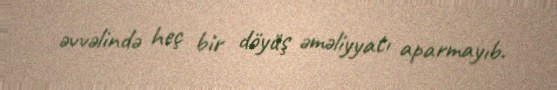
əvvəlində heç bir döyüş əməliyyatı aparmayıb.